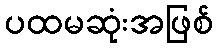
ပထမဆုံးအဖြစ်